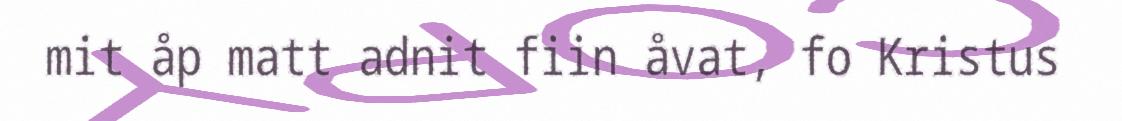
mit åp matt adnit fiin åvat, fo Kristus